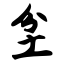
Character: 坌